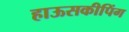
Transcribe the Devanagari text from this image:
हाऊसकीपिंग